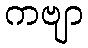
ကဗျာ